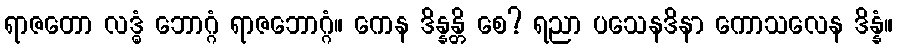
ရာဇတော လဒ္ဓံ ဘောဂ္ဂံ ရာဇဘောဂ္ဂံ။ ကေန ဒိန္နန္တိ စေ? ရညာ ပသေနဒိနာ ကောသလေန ဒိန္နံ။